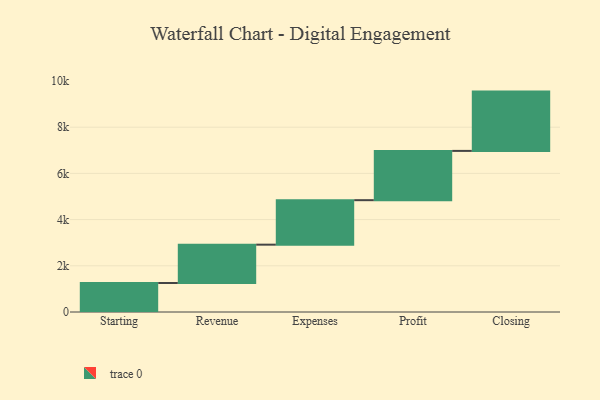
{"axis": {"x": "Step", "y": "Value"}, "legend": [""], "data": [{"x": "Starting", "y": 1256.0, "type": ""}, {"x": "Revenue", "y": 1659.0, "type": ""}, {"x": "Expenses", "y": 1925.0, "type": ""}, {"x": "Profit", "y": 2133.0, "type": ""}, {"x": "Closing", "y": 2567.0, "type": ""}]}